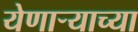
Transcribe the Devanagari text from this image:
येणार्‍याच्या